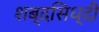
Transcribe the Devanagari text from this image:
शब्दसिध्दी